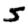
Digit: 5